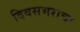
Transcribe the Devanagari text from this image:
दिवसभराचा